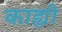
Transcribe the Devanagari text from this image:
काह्यी